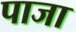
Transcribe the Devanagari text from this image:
पाजा